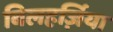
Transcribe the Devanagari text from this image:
बिलहर्ज़िया